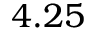
4 . 2 5